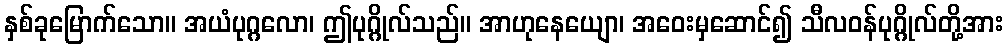
နှစ်ခုမြောက်သော။ အယံပုဂ္ဂလော၊ ဤပုဂ္ဂိုလ်သည်။ အာဟုနေယျော၊ အဝေးမှဆောင်၍ သီလဝန်ပုဂ္ဂိုလ်တို့အား